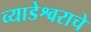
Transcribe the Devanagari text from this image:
व्याडेश्वराचे